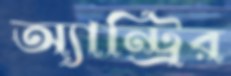
অ্যান্ট্রির